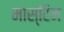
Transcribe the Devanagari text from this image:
मास्टिन